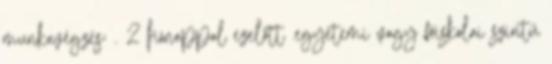
munkavégzés; . 2 hónappal ezelőtt .egyetemi vagy főiskolai szintű